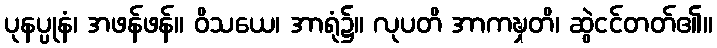
ပုနပ္ပုနံ၊ အဖန်ဖန်။ ဝိသယေ၊ အာရုံ၌။ လုပတိ အာကဍ္ဎှတိ၊ ဆွဲငင်တတ်၏။